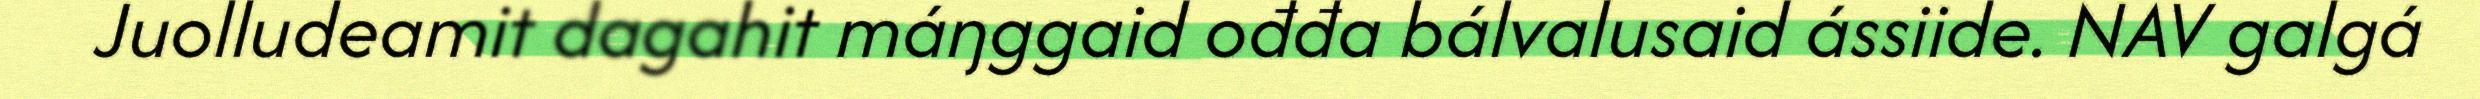
Juolludeamit dagahit máŋggaid ođđa bálvalusaid ássiide. NAV galgá